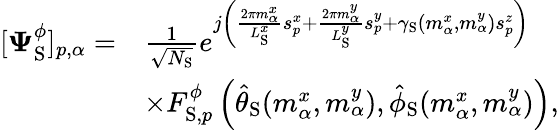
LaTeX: \begin{array}{rl}{[\boldsymbol{\Psi}_{\mathrm{S}}^{\phi}]_{p,\alpha}=}&{\frac{1}{\sqrt{N_{\mathrm{S}}}}e^{j\left(\frac{2\pi m_{\alpha}^{x}}{L_{\mathrm{S}}^{x}}s_{p}^{x}+\frac{2\pi m_{\alpha}^{y}}{L_{\mathrm{S}}^{y}}s_{p}^{y}+\gamma_{\mathrm{S}}(m_{\alpha}^{x},m_{\alpha}^{y})s_{p}^{z}\right)}}\\ &{\times F_{\mathrm{S},p}^{\phi}\left(\hat{\theta}_{\mathrm{S}}(m_{\alpha}^{x},m_{\alpha}^{y}),\hat{\phi}_{\mathrm{S}}(m_{\alpha}^{x},m_{\alpha}^{y})\right),}\end{array}